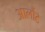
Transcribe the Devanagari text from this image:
आर्लौट